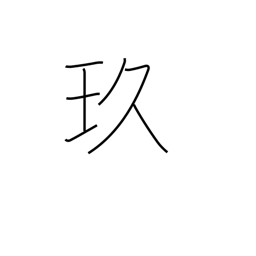
Meaning: beautiful black jewel